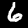
Digit: 6